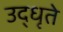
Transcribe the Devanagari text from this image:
उद्‌धृते